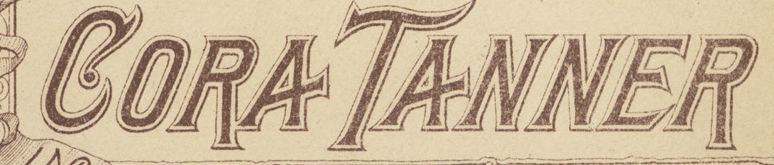
CORA TANNER